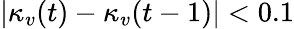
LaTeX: |\kappa_{v}(t)-\kappa_{v}(t-1)|<0.1